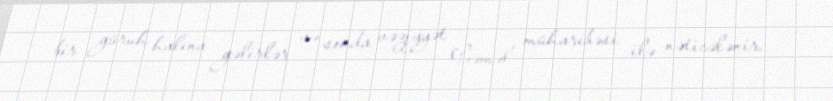
bir güruh halına gəlirlər və sonda vəziyyət Cəməl müharibəsi ilə nəticələnir.